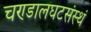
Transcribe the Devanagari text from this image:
चण्डालघटसंस्थं